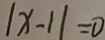
\vert x - 1 \vert = 0